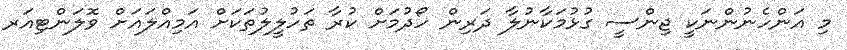
މި އަންހެނުންނަކީ ޖިންސީ ގުޅުމަކާނުލާ ދަރިން ހޯދުމަށް ކުރާ ތަހުލީލުތަކަށް އަމިއްލައަށް ވޮލަންޓިއަރ